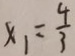
x _ { 1 } = \frac { 4 } { 3 }